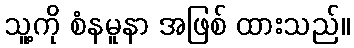
သူ့ကို စံနမူနာ အဖြစ် ထားသည်။